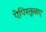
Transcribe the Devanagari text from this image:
ऐपिस्तुलाए